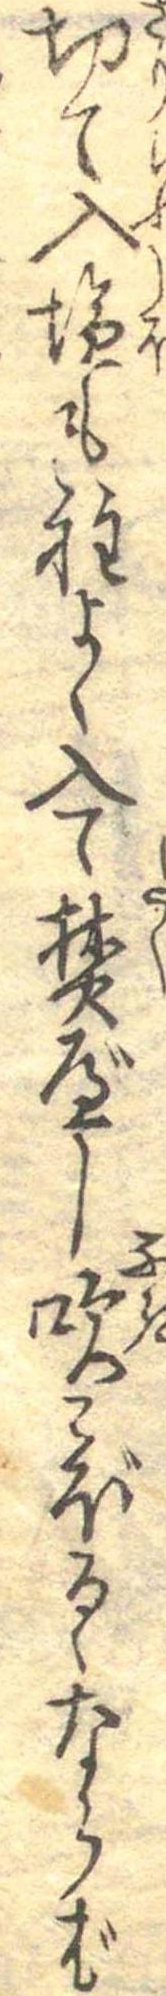
切て入塩も程よく入て焚べし吹こぼるゝならば